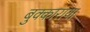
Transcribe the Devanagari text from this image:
बुक्काराया